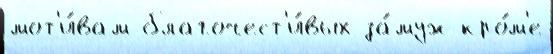
мот'и́вам благочест'и́вых за́муж кро́м'е